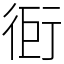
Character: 衐